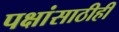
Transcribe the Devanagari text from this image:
पक्षांसाठीही